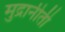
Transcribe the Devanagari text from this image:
मुद्रानीती